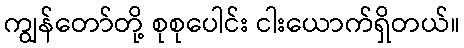
ကျွန်တော်တို့ စုစုပေါင်း ငါးယောက်ရှိတယ်။